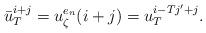
LaTeX: \begin{align*}\bar{u}_T^{i+j}=u_\zeta^{e_n}(i+j)=u_T^{i-Tj'+j}.\end{align*}